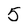
Character: 5